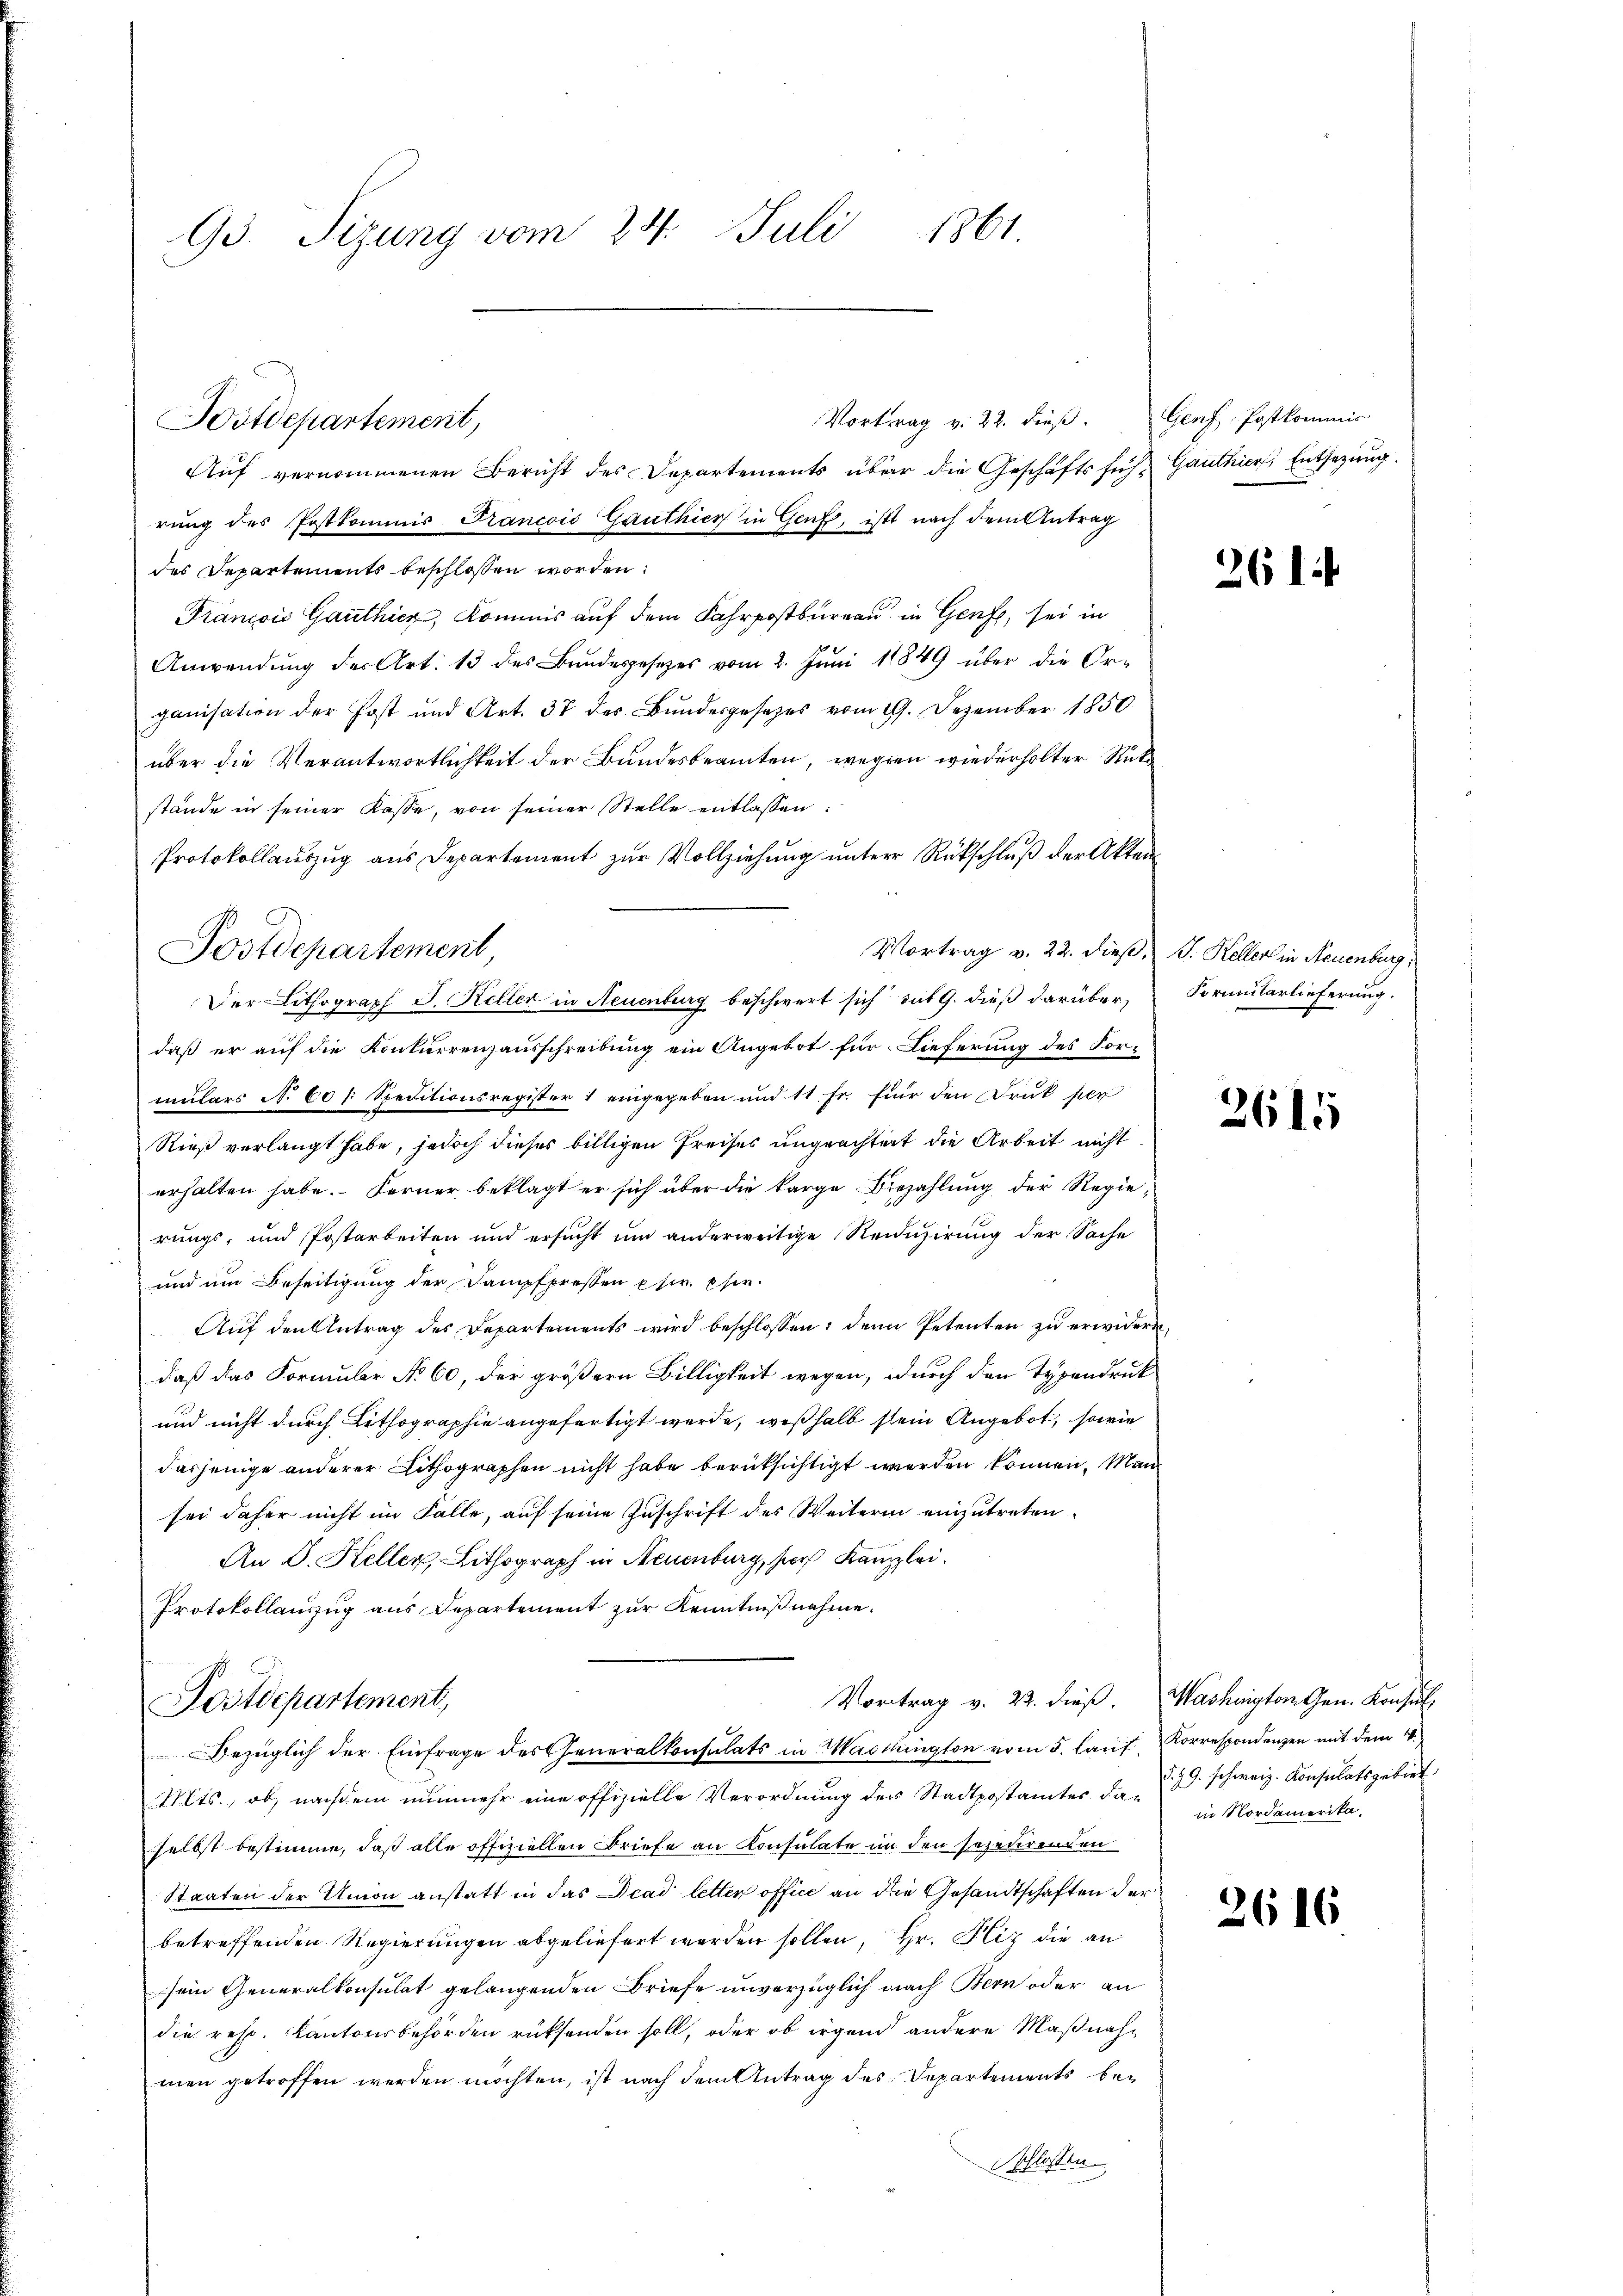
Gs. Tizung vom 24. Juli 1861.

Vortrag v. 22. dieβ. Genf Postkommis
Auf vernommenen Bericht des Departements über die Geschäftsfüh- Ganthier Entsetzung.
rung des Postkommnis Francois Ganthier in Genf, ist nach dem Antrag
des Departements beschlossen worden:
Francois Gauthicz, Kommis auf dem Fahrpostbureau in Genf, sei in
Anwendung der Art. 13 des Bundesgesetzes vom 2. Juni 1849 über die Or-
ganisation der Post und Art. 37 des Bundesgesezes vom 19. Dezember 1850
über die Verantwortlichkeit der Bundesbeamten, wegen wiederholter Rück
stände in seiner Kasse, von seiner Stelle entlassen:
Protokollauszug aus Departement zur Vollziehung unterer Rückschluß der Akten
Vortrag v. 22. dieß, V. Keller in Neuenburg,
Der Lithograph J. Keller in Neuenburg beschwert sich sub 9. dieß darüber,
daß er auf die Konkurrenzausschreibung ein Angebot für Lieferung des Formulars No. 60 (: Speditionsregister 1 eingegeben und 11 Fr. für den Druk per
Rieß verlangt habe, jedoch dieses billigen Preises ungeachtert die Arbeit nicht
erhalten habe. Ferner beklagt er sich über die Barge Bezahlŭng der Regierungs- und Postarbeiten und ersucht um anderweitige Reiduzirung der Sache
und um Beseitigung der Dampfpressen pr. Chir
Auf den Antrag des Departements wird beschlossen: denn Petenten zu erwider
daß das Formuler No 60, der größern Billigkeit wegen, durch den Typendruck
und nicht durch Lithographie angefertigt werde, weßhalb sein Angebot, sowie
dasjenige anderer Lithographen nicht habe berücksichtigt werden können. Man
sei daher nicht im Falle, auf seine Zuschrift des Weiterin einzutreten
An D. Keller, Lithograph in Steuenburg, her Kanzlei.
Protokollauszug aus Departement zur Kenntnißnahme.
Vortrag v. 22. dieß. Washington Gen. Konsul,
Postdepartement,
Bezüglich der Einfrage des Generalkonsulats in Marthington vom 5. lauf Korrespondenzen mit dem 4.
Mts., ob, nachdem nunmehr eine offizielle Verordnung der Stadtpostamtes da 239 schweiz. Konsulatsgebiet
selbst bestimme, daß alle offiziellen Briefe an Konsulate in den sezehrenden
Staaten der Union anstatt in das Dead letter offici an die Gesandtschaften der
betreffenden Regierungen abgeliefert werden sollen, Hr. Piz die an
sein Generalkonsulat gelangenden Briefe unverzüglich nach Bern oder an
die resp. Kantonsbehörden rüksenden soll, oder ob irgend andere Maßnahmen getroffen werden möchten, ist nach dem Antrag des Departements beschlossen.

Postdepartement,

Postdepartement,

261

Formularlieferung.

261

in Nordamerika,

2616